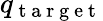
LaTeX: q_{\mathrm{~t~a~r~g~e~t~}}